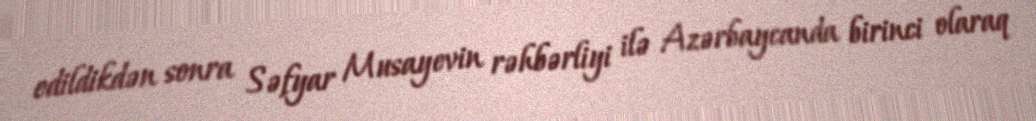
edildikdən sonra Səfyar Musayevin rəhbərliyi ilə Azərbaycanda birinci olaraq